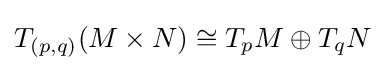
T_{(p,q)}(M\times N)\cong T_{p}M\oplus T_{q}N